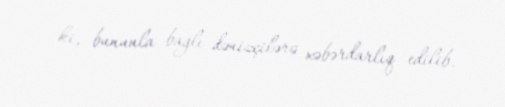
ki, bununla bağlı dənizçilərə xəbərdarlıq edilib.